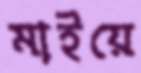
মাইয়ে